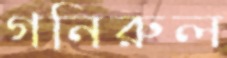
গনিরুল